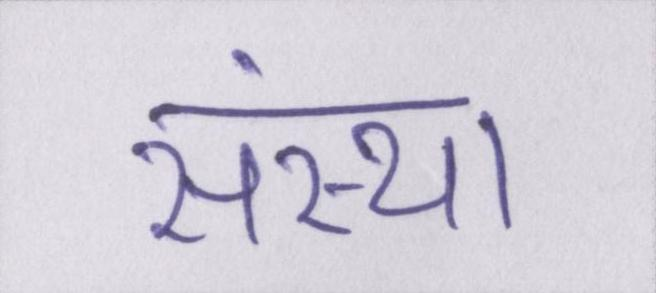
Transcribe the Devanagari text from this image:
संस्था